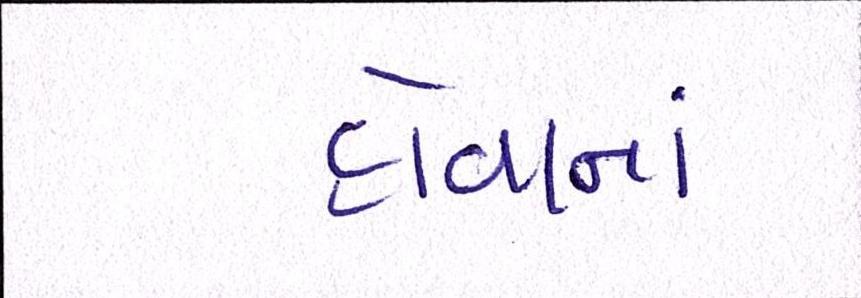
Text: હોવાનાં